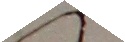
Ceumen